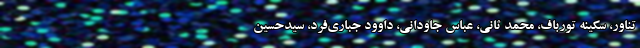
تناور، سکینه تورباف، محمد ثانی، عباس جاودانی، داوود جباری‌فرد، سیدحسین